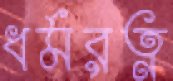
ধর্মরত্ন